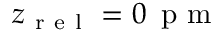
z _ { \mathrm { ~ r ~ e ~ l ~ } } = 0 \, \mathrm { ~ p ~ m ~ }